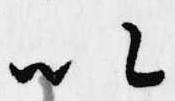
以